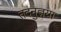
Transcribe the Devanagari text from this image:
तदनुज्ञया